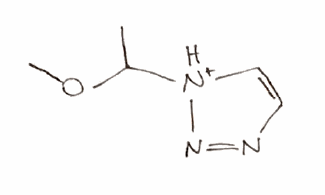
Simplified molecular-input line-entry system (SMILES) notation of the given molecule:
CC([NH+]1C=CN=N1)OC